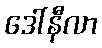
ဒေါ်နီလာ